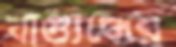
বাগ্যুদ্ধের